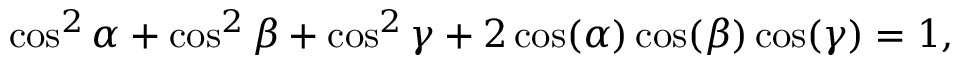
\cos ^ { 2 } \alpha + \cos ^ { 2 } \beta + \cos ^ { 2 } \gamma + 2 \cos ( \alpha ) \cos ( \beta ) \cos ( \gamma ) = 1 ,